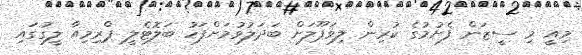
މިއީ މި ސީޒަން ފެށުމުގެ ކުރިން ލިވަޕޫލަށް ބަދަލުވުމަށްފަހު ބަލޮޓެލީ ޕްރިމިއާ ލީގުގައި